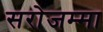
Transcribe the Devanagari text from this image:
सरोजम्मा